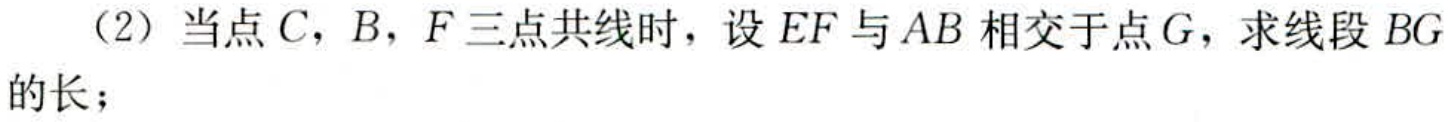
（2）当点\(C\)，\(B\)，\(F\)三点共线时，设\(EF\)与\(AB\)相交于点\(G\)，求线段\(BG\)的长；